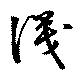
識